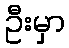
ဦးမှာ